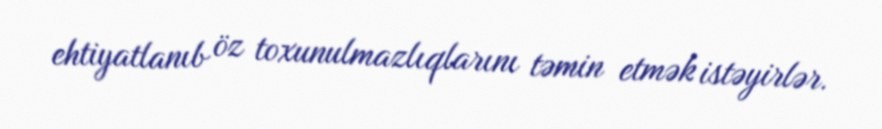
ehtiyatlanıb öz toxunulmazlıqlarını təmin etmək istəyirlər.